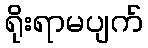
ရိုးရာမပျက်